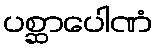
ပစ္ဆာပေါဏံ